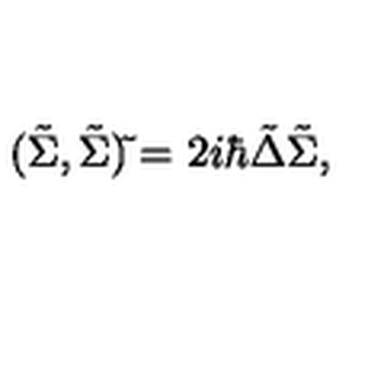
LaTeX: ( \tilde { \Sigma } , \tilde { \Sigma } ) \tilde { } = 2 i \hbar \tilde { \Delta } \tilde { \Sigma } ,